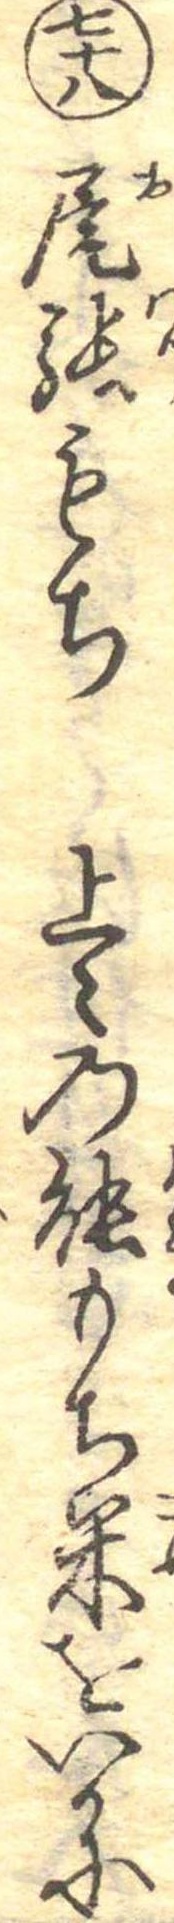
七十八尾張もち上〻の能もち米をいかに